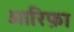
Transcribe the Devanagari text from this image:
आरिफ़ा